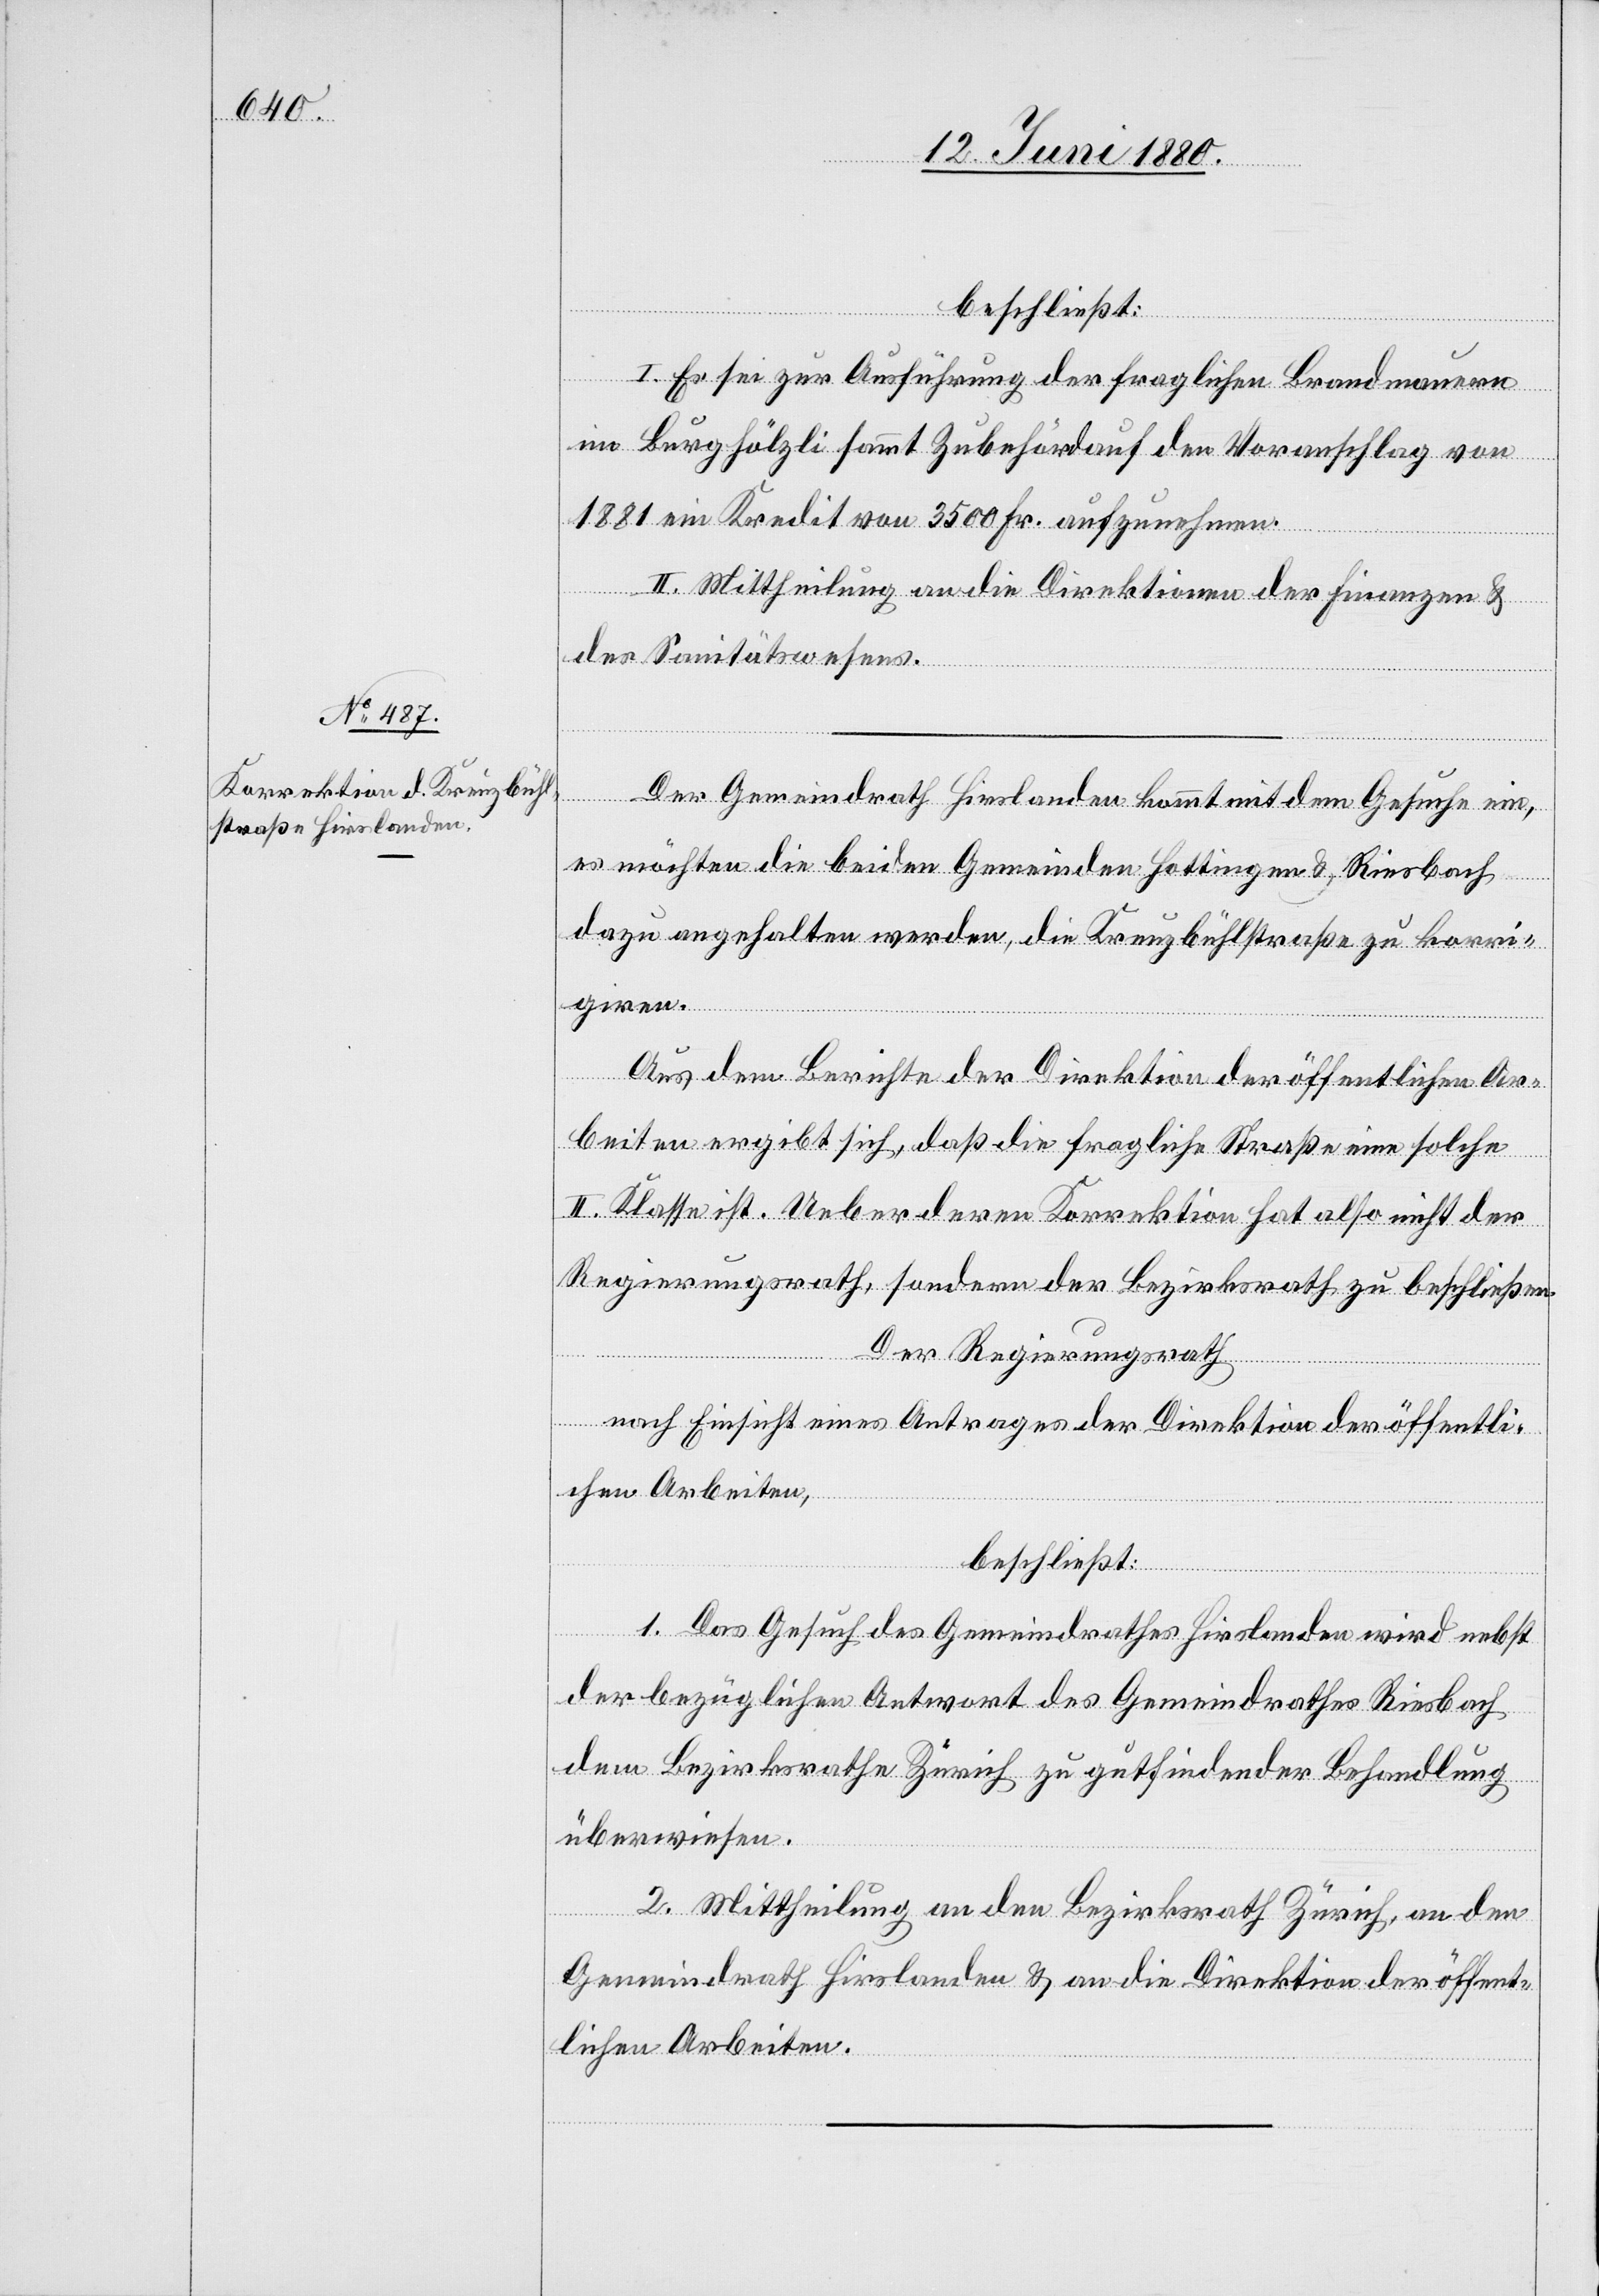
beschließt:
I. Es sei zur Ausführung der fraglichen Brandmauern
im Burghölzli sammt Zubehörd[e] auf den Voranschlag von
1881 ein Kredit von 3500 Fr. aufzunehmen.
anden
II. Mittheilung an die Direktionen der Finanzen &
des Sanitätswesens.
es möchten die beiden Gemeinden Hottingen & Riesbach
dazu angehalten werden, die Kreuzbühlstraße zu korri¬
giren.
Aus dem Berichte der Direktion der öffentlichen Ar¬
beiten ergibt sich, daß die fragliche Straße eine solche
II. Klasse ist. Ueber deren Korrektion hat also nicht der
Regierungsrath, sondern der Bezirksrath zu beschließen.
Der Regierungsrath,
ein,
nach Einsicht eines Antrages der Direktion der öffentli¬
chen Arbeiten,
beschließt:
1. Das Gesuch des Gemeindrathes Hirslanden wird nebst
der bezüglichen Antwort des Gemeindrathes Riesbach
dem Bezirksrathe Zürich zu gutfindender Behandlung
überwiesen.
2. Mittheilung an den Bezirksrath Zürich, an den
Gemeindrath Hirslanden & an die Direktion der öffent¬
lichen Arbeiten.